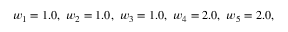
w _ { 1 } = 1 . 0 , ~ w _ { 2 } = 1 . 0 , ~ w _ { 3 } = 1 . 0 , ~ w _ { 4 } = 2 . 0 , ~ w _ { 5 } = 2 . 0 ,